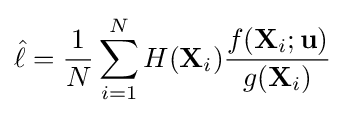
{\hat {\ell }}={\frac {1}{N}}\sum _{i=1}^{N}H(\mathbf {X} _{i}){\frac {f(\mathbf {X} _{i};\mathbf {u} )}{g(\mathbf {X} _{i})}}